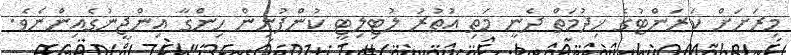
މިރަށަށް ކަރަންޓުގެ ޚިދުމަތް ދެނީ މަތި އުތުރު ލުޓިލިޓީ ކުންފުނިން ހިންގާ އިންޖީނުގެއިންނެވެ.